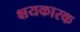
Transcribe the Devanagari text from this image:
क्षयकारक